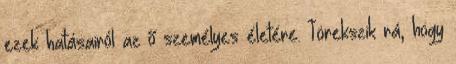
ezek hatásairól az ő személyes életére. Törekszik rá, hogy